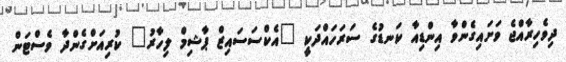
ދިވެހިރާއްޖެ ވަށައިގެންވާ އިންޑިއާ ކަނޑުގެ ސަރަހައްދަކީ "އެކްސަސައިޒް ޕާޝިމް ލިހާރު" ކުރިއަށްގެންދާ ވެސްޓަން